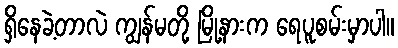
ရှိနေခဲ့တာလဲ ကျွန်မတို့ မြို့နားက ရေပူစမ်းမှာပါ။